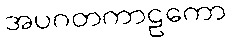
အပဂတကာဠကော